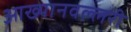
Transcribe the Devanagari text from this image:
आख्यानवल्लरी